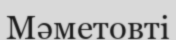
Мәметовті